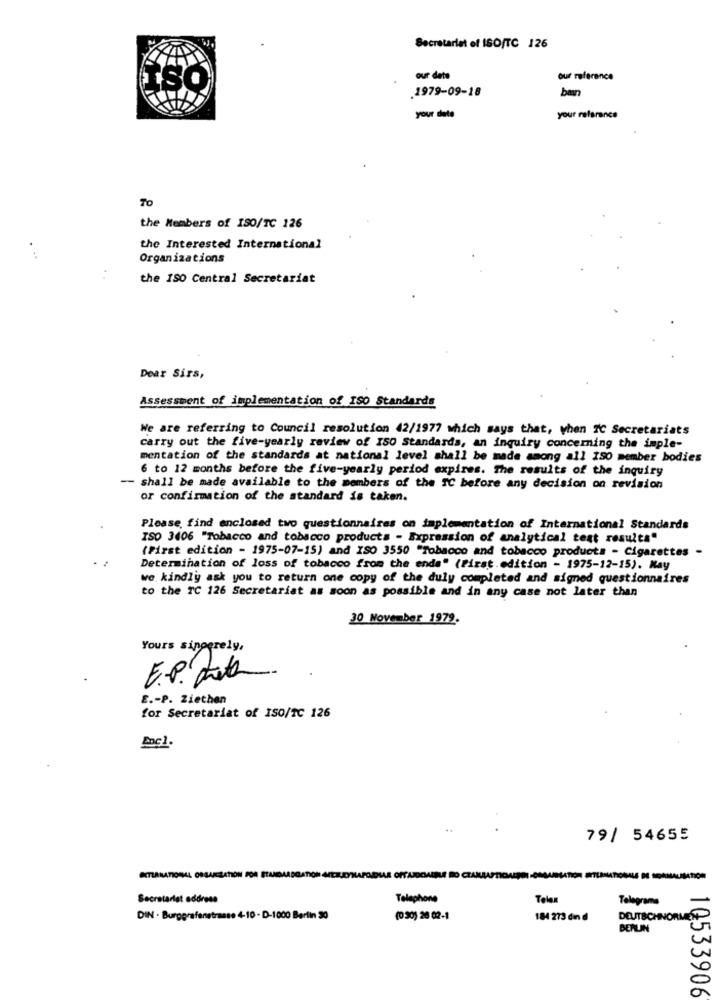
Secretariat of ISO/TC 126
our date
our reference
ISO
.1979-09-18
your date
your reference
TO
the Members of ISO/TC 126
the Interested International
Organizations
the ISO Central Secretariat
Dear Sirs,
Assessment of implementation of ISO Standards
We are referring to Council resolution 42/1977 which says that, when TC Secretariats
carry out the five-yearly review of ISO Standards, an inquiry concerning the imple-
mentation of the standards at national level shall be made among all ISO member bodies
6 to 12 months before the five-yearly period expires. The results of the inquiry
-- shall be made available to the members of the TC before any decision on revision
or confirmation of the standard is taken.
Please find enclosed two questionnaires on implementation of International Standards
ISO 3406 "Tobacco and tobacco products - Expression of analytical test results"
(First edition - 1975-07-15) and ISO 3550 "Tobacco and tobacco products - Cigarettes -
Determination of loss of tobacco from the ends" (first.edition - 1975-12-15). Nay
we. kindly ask you to return one copy of the duly completed and signed questionnaires
to the TC 126 Secretariat as soon as possible and in any case not later than
30 November 1979.
Yours sinoerely,
E .- P. Ziethen
for Secretariat of ISO/TC 126
79/ 54655
STIRNATIONAL ORGANIZATION FOR STANDARDGATION
OPTAR
Secretariat address
Telephone
Telex
Telegrams
DIN . Burggrafenstrasse 4-10 - D-1000 Berlin 30
(0:30) 20 02-1
184 273 din d
DEUTSCHNORMES
BERLIN
10533906